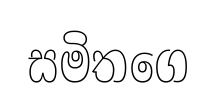
සමිතගෙ